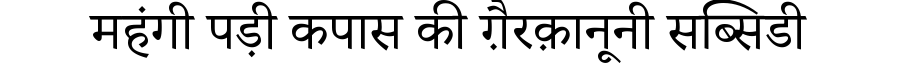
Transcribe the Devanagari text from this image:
महंगी पड़ी कपास की ग़ैरक़ानूनी सब्सिडी